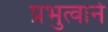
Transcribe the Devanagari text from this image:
प्रभुत्वाने